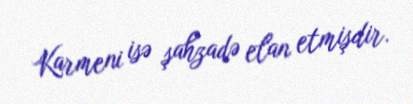
Karmeni isə şahzadə elan etmişdir.